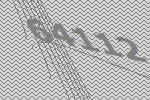
64112